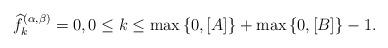
LaTeX: \begin{align*} {\widehat{f}}^{(\alpha,\beta)}_k=0, 0\le k\le \max\left\{0,[A]\right\}+\max\left\{0,[B]\right\}-1. \end{align*}